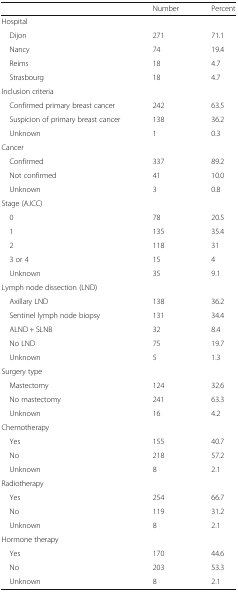
|  | Number | Percent |
 | --- | --- | --- |
 | <COLSPAN=3> Hospital |
 | Dijon | 271 | 71.1 |
 | Nancy | 74 | 19.4 |
 | Reims | 18 | 4.7 |
 | Strasbourg | 18 | 4.7 |
 | <COLSPAN=3> Inclusion criteria |
 | Confirmed primary breast cancer | 242 | 63.5 |
 | Suspicion of primary breast cancer | 138 | 36.2 |
 | Unknown | 1 | 0.3 |
 | <COLSPAN=3> Cancer |
 | Confirmed | 337 | 89.2 |
 | Not confirmed | 41 | 10.0 |
 | Unknown | 3 | 0.8 |
 | <COLSPAN=3> Stage (AJCC) |
 | 0 | 78 | 20.5 |
 | 1 | 135 | 35.4 |
 | 2 | 118 | 31 |
 | 3 or 4 | 15 | 4 |
 | Unknown | 35 | 9.1 |
 | <COLSPAN=3> Lymph node dissection (LND) |
 | Axillary LND | 138 | 36.2 |
 | Sentinel lymph node biopsy | 131 | 34.4 |
 | ALND + SLNB | 32 | 8.4 |
 | No LND | 75 | 19.7 |
 | Unknown | 5 | 1.3 |
 | <COLSPAN=3> Surgery type |
 | Mastectomy | 124 | 32.6 |
 | No mastectomy | 241 | 63.3 |
 | Unknown | 16 | 4.2 |
 | <COLSPAN=3> Chemotherapy |
 | Yes | 155 | 40.7 |
 | No | 218 | 57.2 |
 | Unknown | 8 | 2.1 |
 | <COLSPAN=3> Radiotherapy |
 | Yes | 254 | 66.7 |
 | No | 119 | 31.2 |
 | Unknown | 8 | 2.1 |
 | <COLSPAN=3> Hormone therapy |
 | Yes | 170 | 44.6 |
 | No | 203 | 53.3 |
 | Unknown | 8 | 2.1 |